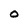
Character: 0